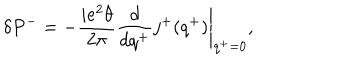
\delta P ^ { - } = - \frac { i e ^ { 2 } \theta } { 2 \pi } \left. \frac { d } { d q ^ { + } } j ^ { + } ( q ^ { + } ) \right| _ { q ^ { + } = 0 } ,